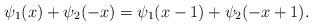
LaTeX: \begin{align*} \psi_1(x)+\psi_2(-x)=\psi_1(x-1)+\psi_2(-x+1).\end{align*}